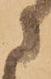
に